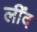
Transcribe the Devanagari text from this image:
लींद